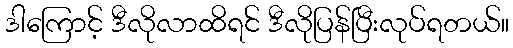
ဒါကြောင့် ဒီလိုလာထိရင် ဒီလိုပြန်ပြီးလုပ်ရတယ်။